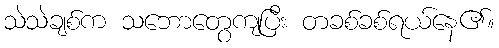
သဲသဲချစ်က သဘောတွေကျပြီး တခစ်ခစ်ရယ်နေ၏။